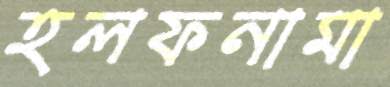
হলফনামা